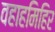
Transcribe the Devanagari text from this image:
वहाहमिहिर